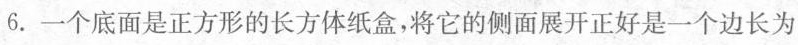
6.一个底面是正方形的长方体纸盒，将它的侧面展开正好是一个边长为